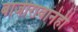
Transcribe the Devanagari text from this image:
बाजीरावानेही